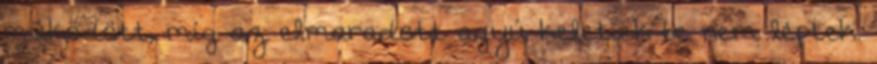
működött, míg az elmaradott agyú keletiek be nem léptek.